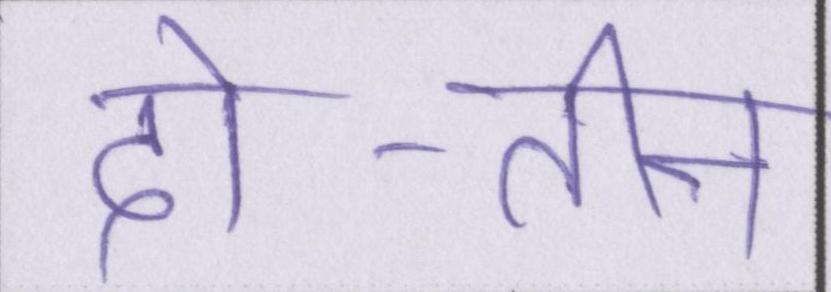
दो-तीन